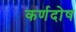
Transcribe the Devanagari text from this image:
कर्णदोष